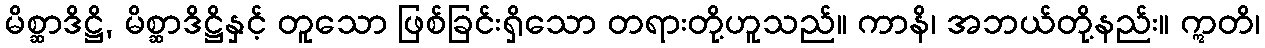
မိစ္ဆာဒိဋ္ဌိ, မိစ္ဆာဒိဋ္ဌိနှင့် တူသော ဖြစ်ခြင်းရှိသော တရားတို့ဟူသည်။ ကာနိ၊ အဘယ်တို့နည်း။ ဣတိ၊